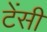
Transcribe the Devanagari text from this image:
टेंसी